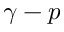
\gamma - p